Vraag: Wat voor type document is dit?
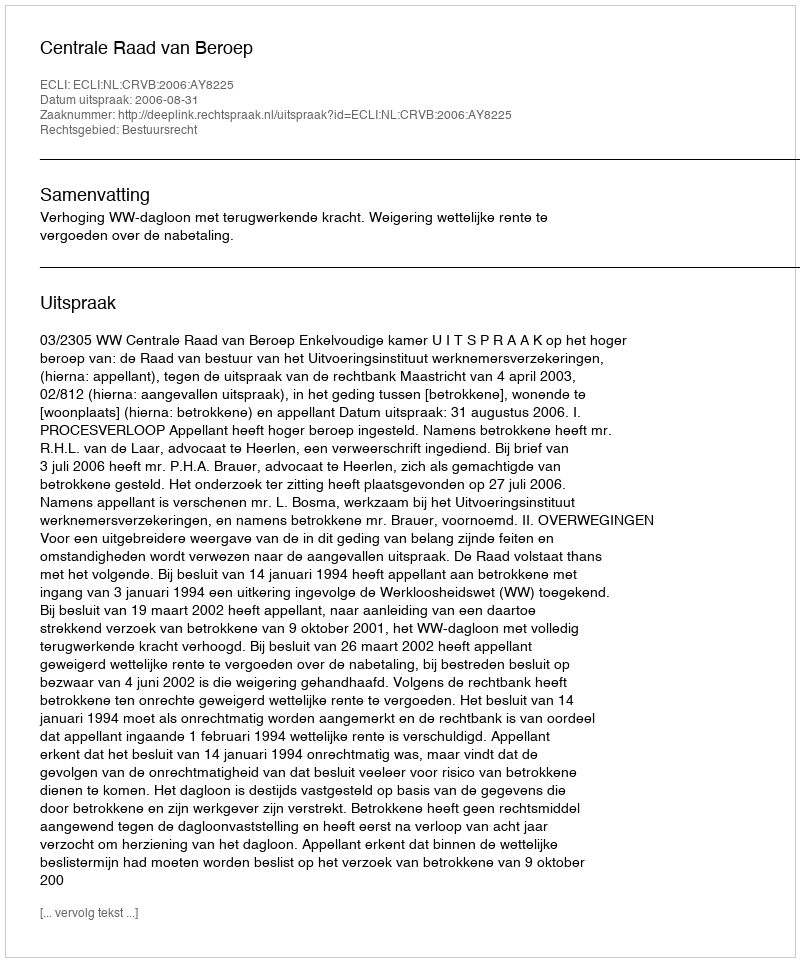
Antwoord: Uitspraak